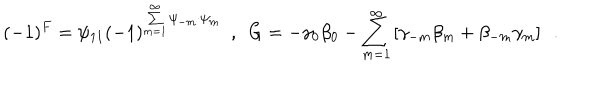
( - 1 ) ^ { F } = \psi _ { 1 1 } ( - 1 ) ^ { \sum _ { m = 1 } ^ { \infty } \psi _ { - m } \cdot \psi _ { m } } ~ ~ , ~ ~ { G } = - \gamma _ { 0 } \beta _ { 0 } - \sum _ { m = 1 } ^ { \infty } \left[ \gamma _ { - m } \beta _ { m } + \beta _ { - m } \gamma _ { m } \right] ~ ~ .